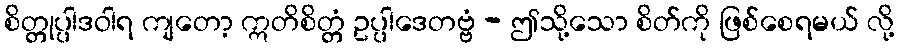
စိတ္တုပ္ပါဒဝါရ ကျတော့ ဣတိစိတ္တံ ဥပ္ပါဒေတဗ္ဗံ - ဤသို့သော စိတ်ကို ဖြစ်စေရမယ် လို့